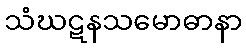
သံဃဋနသမောဓာနာ